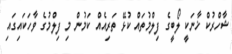
ޝާހްރުކް ޚާނަކީ ލޯބީގެ ފިލްމުތައް ކުޅޭ ތަރިއެއް ކަމުން މި ފިލްމުގެ ވާހަކައިގައި